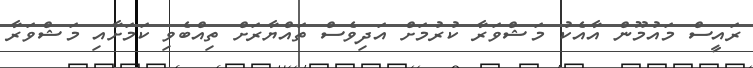
ރައީސް މައުމޫން އާއެކު މަޝްވަރާ ކުރުމަށް އަދިވެސް ތައްޔާރަށް ތިއްބެވި ކަމަށާއި މަޝްވަރާ